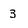
Character: 3